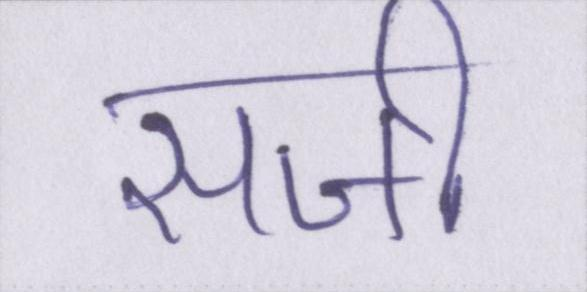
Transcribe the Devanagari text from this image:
सजी